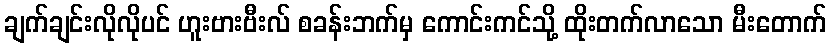
ချက်ချင်းလိုလိုပင် ဟူးဗားဗီးလ် စခန်းဘက်မှ ကောင်းကင်သို့ ထိုးတက်လာသော မီးတောက်